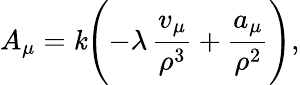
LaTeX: A_{\mu}=\mathit{k}\Biggl(-\lambda\, \frac{{v_{\mu}}}{{\rho^{3}}}+\frac{{a_{\mu}}}{{\rho^{2}}}\Biggr),